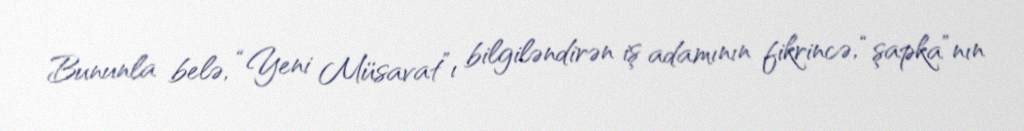
Bununla belə, “Yeni Müsavat”ı bilgiləndirən iş adamının fikrincə, “şapka”nın